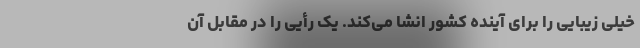
خیلی زیبایی را برای آینده کشور انشا می‌کند. یک رأیی را در مقابل آن